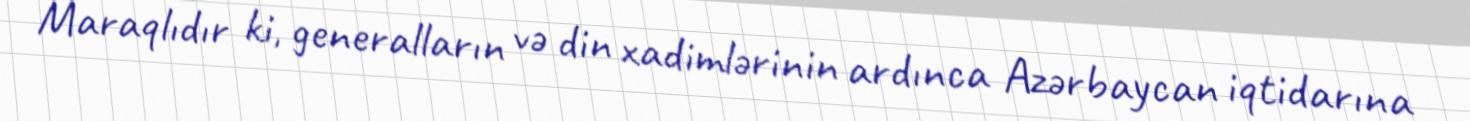
Maraqlıdır ki, generalların və din xadimlərinin ardınca Azərbaycan iqtidarına